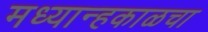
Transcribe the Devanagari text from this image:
मध्यान्हकाळचा